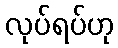
လုပ်ရပ်ဟု